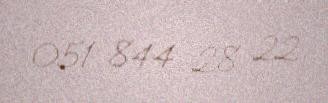
051 844 28 22